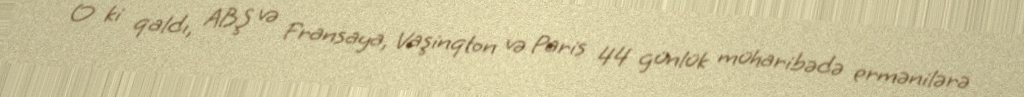
O ki qaldı, ABŞ və Fransaya, Vaşinqton və Paris 44 günlük müharibədə ermənilərə